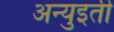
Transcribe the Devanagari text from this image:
अन्युइती